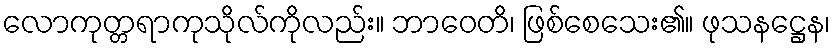
လောကုတ္တရာကုသိုလ်ကိုလည်း။ ဘာဝေတိ၊ ဖြစ်စေသေး၏။ ဖုသနဋ္ဌေန၊